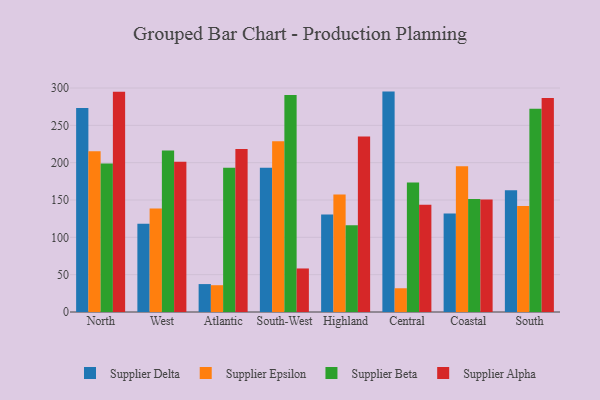
{"axis": {"x": "Region", "y": "Website Visitors"}, "legend": ["Supplier Alpha", "Supplier Beta", "Supplier Delta", "Supplier Epsilon"], "data": [{"x": "North", "y": 273.3, "type": "Supplier Delta"}, {"x": "North", "y": 215.4, "type": "Supplier Epsilon"}, {"x": "North", "y": 199.0, "type": "Supplier Beta"}, {"x": "North", "y": 295.0, "type": "Supplier Alpha"}, {"x": "West", "y": 118.2, "type": "Supplier Delta"}, {"x": "West", "y": 138.5, "type": "Supplier Epsilon"}, {"x": "West", "y": 216.2, "type": "Supplier Beta"}, {"x": "West", "y": 201.3, "type": "Supplier Alpha"}, {"x": "Atlantic", "y": 37.4, "type": "Supplier Delta"}, {"x": "Atlantic", "y": 35.9, "type": "Supplier Epsilon"}, {"x": "Atlantic", "y": 193.3, "type": "Supplier Beta"}, {"x": "Atlantic", "y": 218.4, "type": "Supplier Alpha"}, {"x": "South-West", "y": 193.2, "type": "Supplier Delta"}, {"x": "South-West", "y": 228.8, "type": "Supplier Epsilon"}, {"x": "South-West", "y": 290.7, "type": "Supplier Beta"}, {"x": "South-West", "y": 58.3, "type": "Supplier Alpha"}, {"x": "Highland", "y": 130.7, "type": "Supplier Delta"}, {"x": "Highland", "y": 157.5, "type": "Supplier Epsilon"}, {"x": "Highland", "y": 116.1, "type": "Supplier Beta"}, {"x": "Highland", "y": 234.9, "type": "Supplier Alpha"}, {"x": "Central", "y": 295.2, "type": "Supplier Delta"}, {"x": "Central", "y": 31.8, "type": "Supplier Epsilon"}, {"x": "Central", "y": 173.6, "type": "Supplier Beta"}, {"x": "Central", "y": 143.8, "type": "Supplier Alpha"}, {"x": "Coastal", "y": 131.9, "type": "Supplier Delta"}, {"x": "Coastal", "y": 195.2, "type": "Supplier Epsilon"}, {"x": "Coastal", "y": 151.4, "type": "Supplier Beta"}, {"x": "Coastal", "y": 150.7, "type": "Supplier Alpha"}, {"x": "South", "y": 163.0, "type": "Supplier Delta"}, {"x": "South", "y": 141.9, "type": "Supplier Epsilon"}, {"x": "South", "y": 272.3, "type": "Supplier Beta"}, {"x": "South", "y": 286.7, "type": "Supplier Alpha"}]}